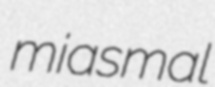
miasmal